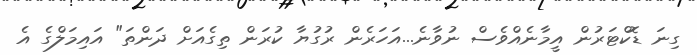
ގިނަ ޑޮކްޓަރުން އީމާނެއްވެސް ނުވާނެ...އަހަރެން ރުގުޔާ ކުރަން ތިގެއަށް ދަންތަ" އައިމަލްގެ އެ